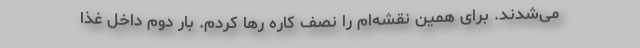
می‌شدند. برای همین نقشه‌ام را نصف کاره رها کردم. بار دوم داخل غذا